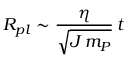
R _ { p l } \sim \frac { \eta } { \sqrt { J \, m _ { P } } } \, t